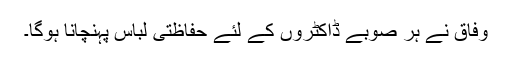
وفاق نے ہر صوبے ڈاکٹروں کے لئے حفاظتی لباس پہنچانا ہوگا۔